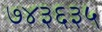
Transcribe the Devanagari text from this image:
७४३६३५